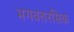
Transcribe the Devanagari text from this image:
भगवतरसिक